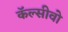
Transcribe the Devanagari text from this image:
कॅल्सीवो